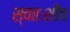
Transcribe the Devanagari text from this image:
स्वतःशीच